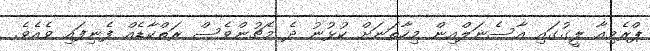
ޕްރެމިއާ ލީގުގައި އާސެނަލްއިން މިހާތަނަށް ކުޅުނު ދެ މެޗުންވެސް ރަތްކާޑެއް ފެނިފައި ވެއެވެ.